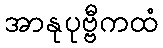
အာနုပုဗ္ဗီကထံ